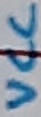
Text: VCC